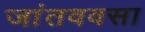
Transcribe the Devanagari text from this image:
जांतववसा